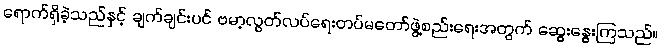
ရောက်ရှိခဲ့သည်နှင့် ချက်ချင်းပင် ဗမာ့လွတ်လပ်ရေးတပ်မတော်ဖွဲ့စည်းရေးအတွက် ဆွေးနွေးကြသည်။